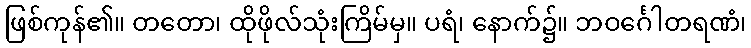
ဖြစ်ကုန်၏။ တတော၊ ထိုဖိုလ်သုံးကြိမ်မှ။ ပရံ၊ နောက်၌။ ဘဝင်္ဂေါတရဏံ၊